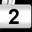
Digit: 2